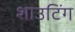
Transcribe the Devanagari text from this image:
शाउटिंग